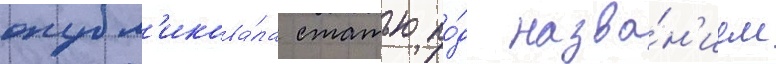
опубл'икова́ла статью по́д назва́н'ием